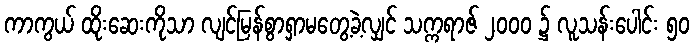
ကာကွယ် ထိုးဆေးကိုသာ လျင်မြန်စွာရှာမတွေ့ခဲ့လျှင် သက္ကရာဇ် ၂၀၀၀ ၌ လူသန်းပေါင်း ၅၀